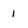
Character: 1